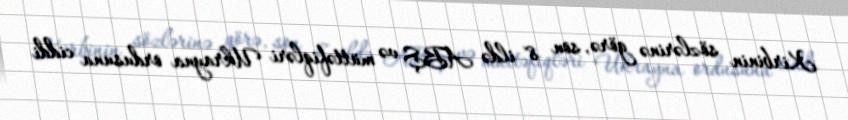
Kirbinin sözlərinə görə, son 8 ildə ABŞ və müttəfiqləri Ukrayna ordusuna ciddi